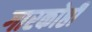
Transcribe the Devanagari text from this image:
गारकोष्ठी